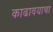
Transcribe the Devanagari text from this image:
काढावयाचा